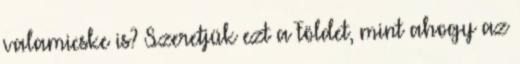
valamicske is? Szeretjük ezt a Földet, mint ahogy az